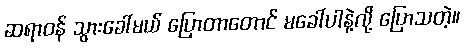
ဆရာဝန် သွားခေါ်မယ် ပြောတာတောင် မခေါ်ပါနဲ့လို့ ပြောသတဲ့။